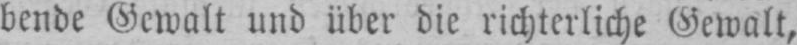
benbe Gewalt und über die richterliche Gewalt,